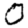
Digit: 0